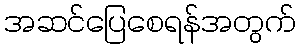
အဆင်ပြေစေရန်အတွက်